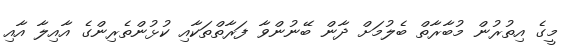
މީގެ އިތުރުން މުބާރާތް ބެލުމަށް ދާން ބޭނުންވާ ފަރާތްތަކާއި ކުޅުންތެރިންގެ އާއިލާ އާއި